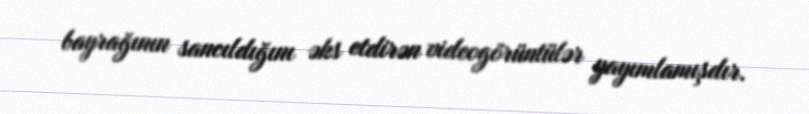
bayrağının sancıldığını əks etdirən videogörüntülər yayımlamışdır.